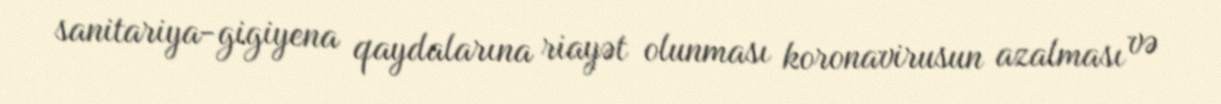
sanitariya-gigiyena qaydalarına riayət olunması koronavirusun azalması və